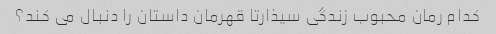
کدام رمان محبوب زندگی سیذارتا قهرمان داستان را دنبال می کند؟